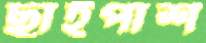
ছাইপাশ